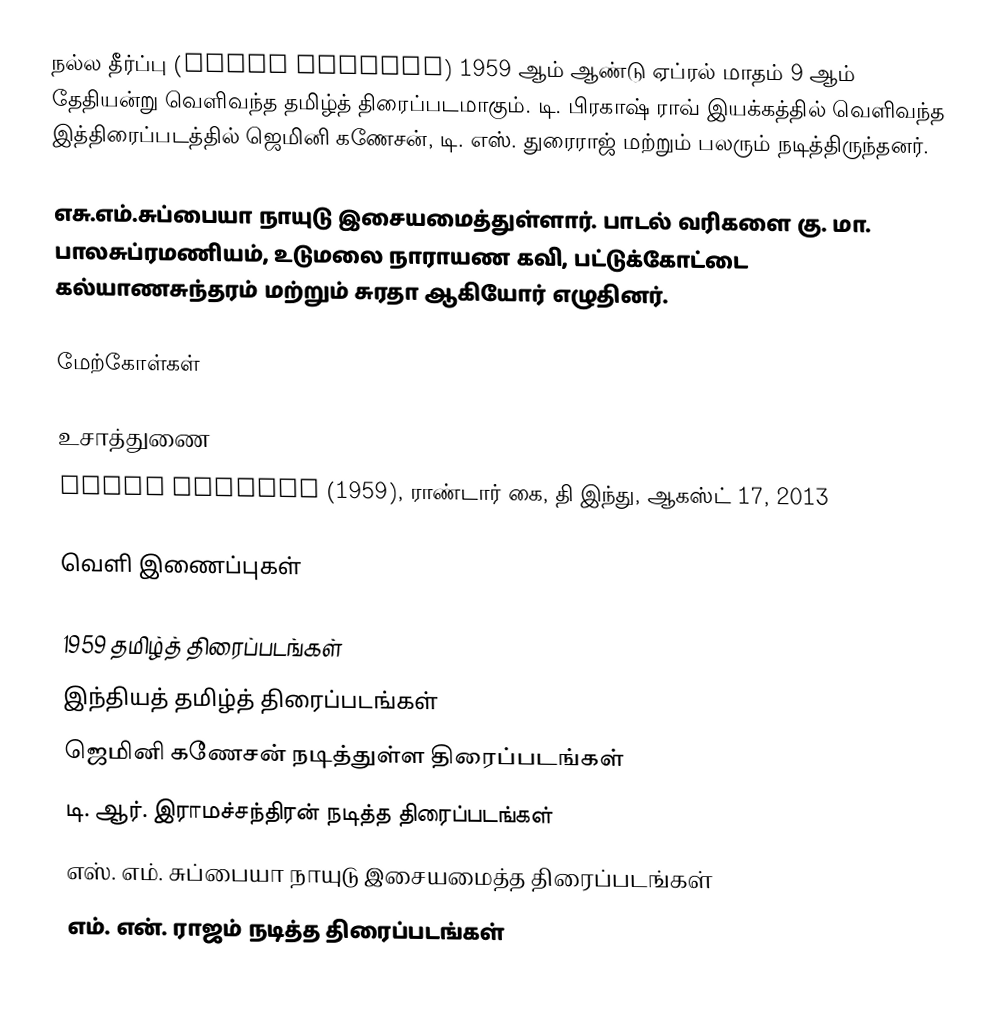
நல்ல தீர்ப்பு (Nalla Theerpu) 1959 ஆம் ஆண்டு ஏப்ரல் மாதம் 9 ஆம் தேதியன்று வெளிவந்த தமிழ்த் திரைப்படமாகும். டி. பிரகாஷ் ராவ் இயக்கத்தில் வெளிவந்த இத்திரைப்படத்தில் ஜெமினி கணேசன், டி. எஸ். துரைராஜ் மற்றும் பலரும் நடித்திருந்தனர்.

எசு.எம்.சுப்பையா நாயுடு இசையமைத்துள்ளார். பாடல் வரிகளை கு. மா. பாலசுப்ரமணியம், உடுமலை நாராயண கவி, பட்டுக்கோட்டை கல்யாணசுந்தரம் மற்றும் சுரதா ஆகியோர் எழுதினர்.

மேற்கோள்கள்

உசாத்துணை
 Nalla Theerpu (1959), ராண்டார் கை, தி இந்து, ஆகஸ்ட் 17, 2013

வெளி இணைப்புகள்

1959 தமிழ்த் திரைப்படங்கள்
இந்தியத் தமிழ்த் திரைப்படங்கள்
ஜெமினி கணேசன் நடித்துள்ள திரைப்படங்கள்
டி. ஆர். இராமச்சந்திரன் நடித்த திரைப்படங்கள்
எஸ். எம். சுப்பையா நாயுடு இசையமைத்த திரைப்படங்கள்
எம். என். ராஜம் நடித்த திரைப்படங்கள்